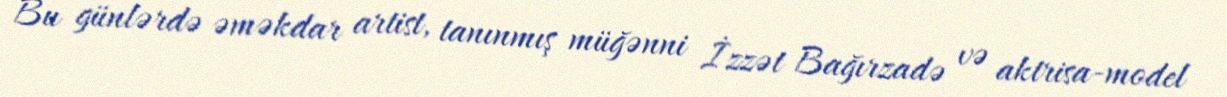
Bu günlərdə əməkdar artist, tanınmış müğənni İzzət Bağırzadə və aktrisa-model